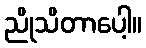
ညိုသိတာပေါ့။